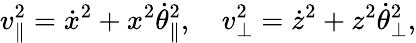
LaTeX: v_{\parallel}^{2}=\dot{x}^{2}+x^{2}\dot{\theta}_{\parallel}^{2},\ \ \ \ v_{\perp}^{2}=\dot{z}^{2}+z^{2}\dot{\theta}_{\perp}^{2},